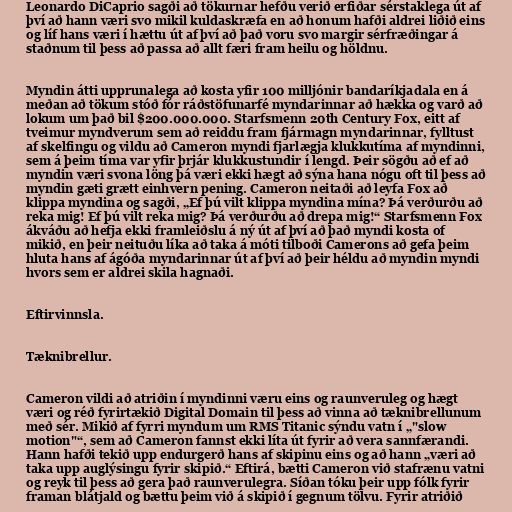
Leonardo DiCaprio sagði að tökurnar hefðu verið erfiðar sérstaklega út af
því að hann væri svo mikil kuldaskræfa en að honum hafði aldrei liðið eins
og líf hans væri í hættu út af því að það voru svo margir sérfræðingar á
staðnum til þess að passa að allt færi fram heilu og höldnu.

Myndin átti upprunalega að kosta yfir 100 milljónir bandaríkjadala en á
meðan að tökum stóð fór ráðstöfunarfé myndarinnar að hækka og varð að
lokum um það bil $200.000.000. Starfsmenn 20th Century Fox, eitt af
tveimur myndverum sem að reiddu fram fjármagn myndarinnar, fylltust
af skelfingu og vildu að Cameron myndi fjarlægja klukkutíma af myndinni,
sem á þeim tíma var yfir þrjár klukkustundir í lengd. Þeir sögðu að ef að
myndin væri svona löng þá væri ekki hægt að sýna hana nógu oft til þess að
myndin gæti grætt einhvern pening. Cameron neitaði að leyfa Fox að
klippa myndina og sagði, „Ef þú vilt klippa myndina mína? Þá verðurðu að
reka mig! Ef þú vilt reka mig? Þá verðurðu að drepa mig!“ Starfsmenn Fox
ákváðu að hefja ekki framleiðslu á ný út af því að það myndi kosta of
mikið, en þeir neituðu líka að taka á móti tilboði Camerons að gefa þeim
hluta hans af ágóða myndarinnar út af því að þeir héldu að myndin myndi
hvors sem er aldrei skila hagnaði.

Eftirvinnsla.

Tæknibrellur.

Cameron vildi að atriðin í myndinni væru eins og raunveruleg og hægt
væri og réð fyrirtækið Digital Domain til þess að vinna að tæknibrellunum
með sér. Mikið af fyrri myndum um RMS Titanic sýndu vatn í „"slow
motion"“, sem að Cameron fannst ekki líta út fyrir að vera sannfærandi.
Hann hafði tekið upp endurgerð hans af skipinu eins og að hann „væri að
taka upp auglýsingu fyrir skipið.“ Eftirá, bætti Cameron við stafrænu vatni
og reyk til þess að gera það raunverulegra. Síðan tóku þeir upp fólk fyrir
framan blátjald og bættu þeim við á skipið í gegnum tölvu. Fyrir atriðið